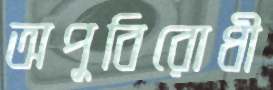
অপুবিরোধী